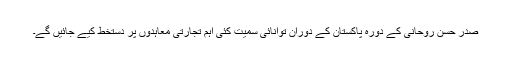
صدر حسن روحانی کے دورہ پاکستان کے دوران توانائی سمیت کئی اہم تجارتی معاہدوں پر دستخط کیے جائیں گے۔